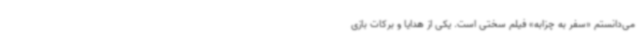
می‌دانستم «سفر به چزابه» فیلم سختی است. یکی از هدایا و برکات بازی